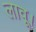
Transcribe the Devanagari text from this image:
लावू।